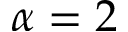
\alpha = 2